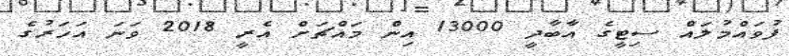
ފުވައްމުލައް ސިޓީގެ އާބާދީ 13000 އިން މައްޗަށް އެރީ 2018 ވަނަ އަހަރުުގެ